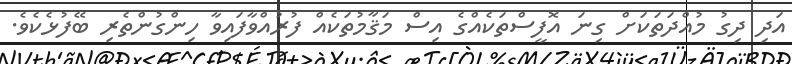
އަދި ދިގު މުއްދަތަކަށް ގިނަ އޮފީސްތަކެއްގެ އިސް މަޤާމުތަކެއް ފުރުއްވާފައިވާ ހިންގުންތެރި ބޭފުޅެކެވެ.